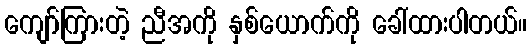
ကျော်ကြားတဲ့ ညီအကို နှစ်ယောက်ကို ခေါ်ထားပါတယ်။